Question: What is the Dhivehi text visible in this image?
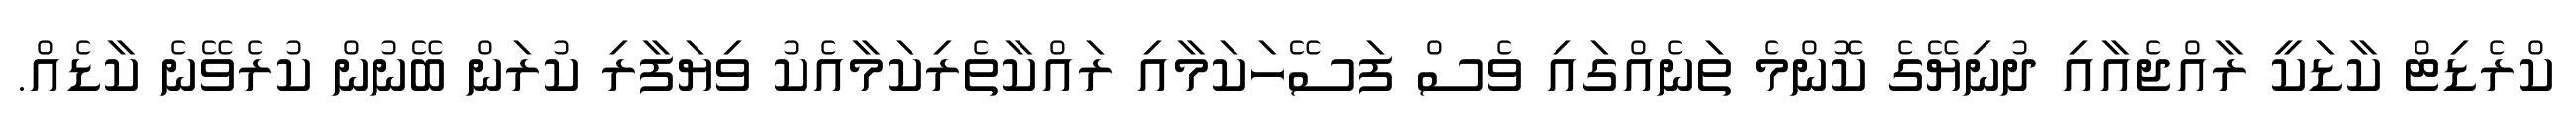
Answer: ކްރެޑިޓް ކާޑަކީ ރާއްޖެއާއި ދުނިޔޭގެ ކޮންމެ ތަނެއްގައި ވެސް ފަސޭހަކަމާއި ރައްކާތެރިކަމާއެކު ވިޔަފާރި ކުރަން ބޭނުން ކުރެވޭނެ ކާޑެއް.